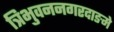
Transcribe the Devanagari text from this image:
त्रिभुवननगरदाङमे